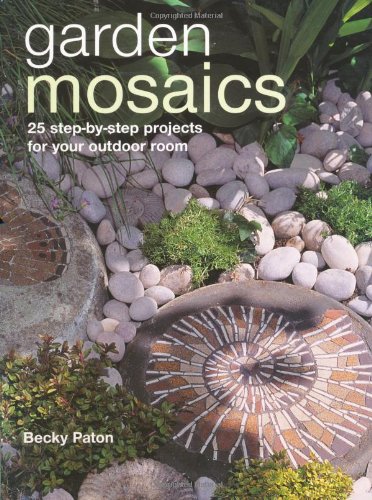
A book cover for Garden Mosaics: 25 Step-by-step Projects for Your Outdoor Room; Becky Paton; Crafts, Hobbies & Home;